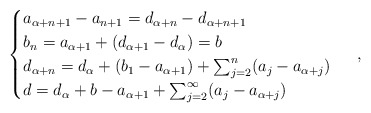
\begin{align*}\begin{cases}a_{\alpha + n +1} - a_{n+1} = d_{\alpha + n} - d_{\alpha + n +1} \\b_n = a_{\alpha + 1} + (d_{\alpha + 1} - d_\alpha) = b \\d_{\alpha + n} = d_\alpha + (b_1 - a_{\alpha+1}) + \sum_{j=2}^n (a_j - a_{\alpha + j}) \\d = d_\alpha + b - a_{\alpha + 1} + \sum_{j=2}^\infty (a_j - a_{\alpha+j})\end{cases} \ ,\end{align*}